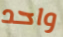
واحد